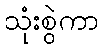
သုံးစွဲကာ